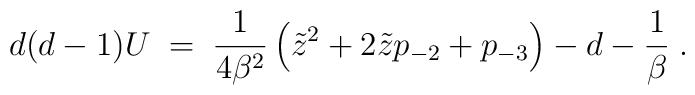
d(d-1)U\;=\;{1\over 4\beta^2}\left(\tilde{z}^2+2\tilde{z}p_{-2}+p_{-3}\right) -d -{1\over \beta}\;.